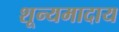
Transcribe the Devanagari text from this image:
शून्यमादाय